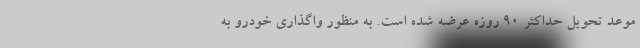
موعد تحویل حداکثر ۹۰ روزه عرضه شده است. به منظور واگذاری خودرو به